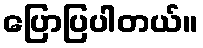
ပြောပြပါတယ်။